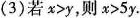
(3)若$$x > y$$ ，则$$x > 5 y$$ 。